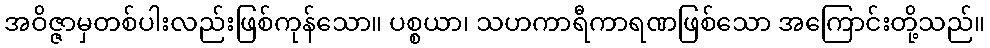
အဝိဇ္ဇာမှတစ်ပါးလည်းဖြစ်ကုန်သော။ ပစ္စယာ၊ သဟကာရီကာရဏဖြစ်သော အကြောင်းတို့သည်။